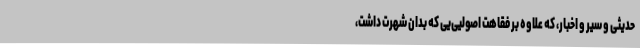
حدیثی و سِیر و اخبار، که علاوه بر فقاهت اصولیی‌یی که بدان شهرت داشت،